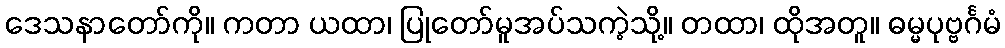
ဒေသနာတော်ကို။ ကတာ ယထာ၊ ပြုတော်မူအပ်သကဲ့သို့။ တထာ၊ ထိုအတူ။ ဓမ္မပုဗ္ဗင်္ဂမံ